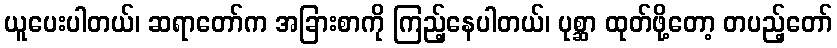
ယူပေးပါတယ်၊ ဆရာတော်က အခြားစာကို ကြည့်နေပါတယ်၊ ပုစ္ဆာ ထုတ်ဖို့တော့ တပည့်တော်